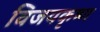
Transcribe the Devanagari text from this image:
विजयकृष्ण